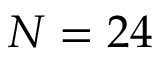
N = 2 4